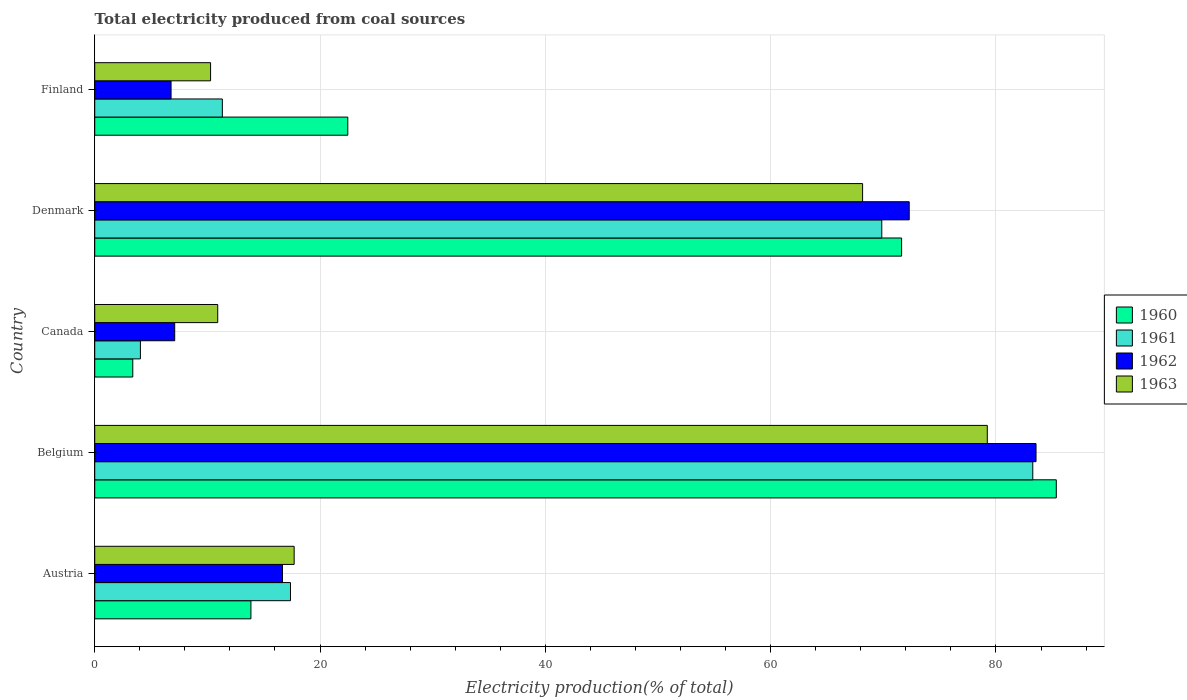
| Country | 1960 | 1961 | 1962 | 1963 |
 | --- | --- | --- | --- | --- |
 | Austria | 13.9 | 17.4 | 16.7 | 17.7 |
 | Belgium | 85.4 | 83.3 | 83.6 | 79.2 |
 | Canada | 3.38 | 4.05 | 7.1 | 10.9 |
 | Denmark | 71.6 | 69.9 | 72.3 | 68.2 |
 | Finland | 22.5 | 11.3 | 6.78 | 10.3 |